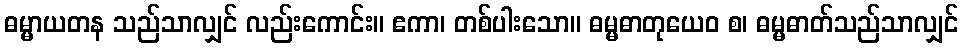
ဓမ္မာယတန သည်သာလျှင် လည်းကောင်း။ ဧကာ၊ တစ်ပါးသော။ ဓမ္မဓာတုယေဝ စ၊ ဓမ္မဓာတ်သည်သာလျှင်